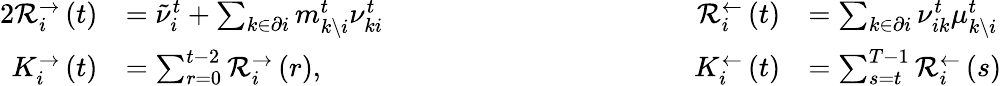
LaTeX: \begin{array}{rlrl}{{2}\mathcal{R}_{i}^{\rightarrow}\left(t\right)}&{=\tilde{\nu}_{i}^{t}+\sum_{k\in\partial i}m_{k\setminus i}^{t}\nu_{ki}^{t}\qquad\qquad\qquad\qquad\qquad}&{\mathcal{R}_{i}^{\leftarrow}\left(t\right)}&{=\sum_{k\in\partial i}\nu_{ik}^{t}\mu_{k\setminus i}^{t}}\\ {K_{i}^{\rightarrow}\left(t\right)}&{=\sum_{r=0}^{t-2}\mathcal{R}_{i}^{\rightarrow}\left(r\right),}&{K_{i}^{\leftarrow}\left(t\right)}&{=\sum_{s=t}^{T-1}\mathcal{R}_{i}^{\leftarrow}\left(s\right)}\end{array}